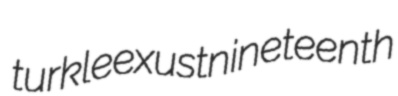
turkle exust nineteenth